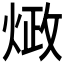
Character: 𰞺